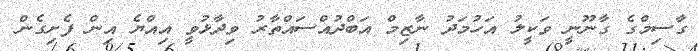
ގާސިމްގެ ގާނޫނީ ވަކީލު އަހުމަދު ނާޒިމް އަބްދުއްސައްތާރު ވިދާޅުވީ އިއްޔެ އިން ފެށިގެން